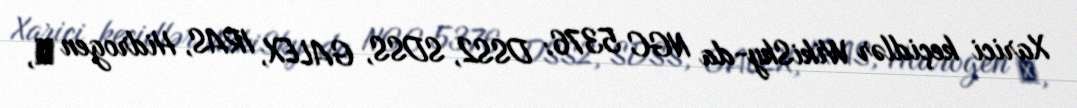
Xarici keçidlər WikiSky-da NGC 5376: DSS2, SDSS, GALEX, IRAS, Hidrogen α,